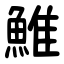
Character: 䱦